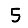
Digit: 5